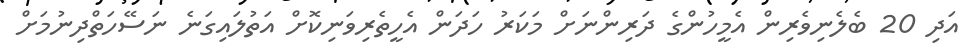
އަދި 20 ބެލެނިވެރިން އެމީހުންގެ ދަރިންނަށް މަކަރު ހަދަން އެހީތެރިވަނިކޮށް އަތުލައިގަނެ ނަސޭހަތްދިނުމަށް